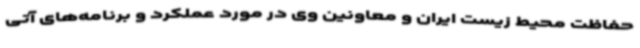
حفاظت محیط زیست ایران و معاونین وی در مورد عملکرد و برنامه‌های آتی